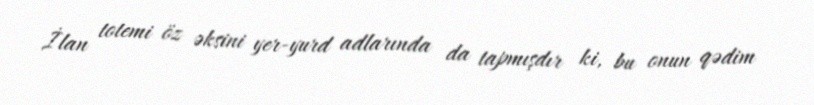
İlan totemi öz əksini yer-yurd adlarında da tapmışdır ki, bu onun qədim